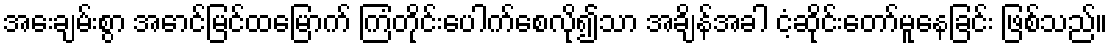
အေးချမ်းစွာ အောင်မြင်ထမြောက် ကြံတိုင်းပေါက်စေလို၍သာ အချိန်အခါ ငံ့ဆိုင်းတော်မူနေခြင်း ဖြစ်သည်။